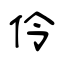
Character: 伶